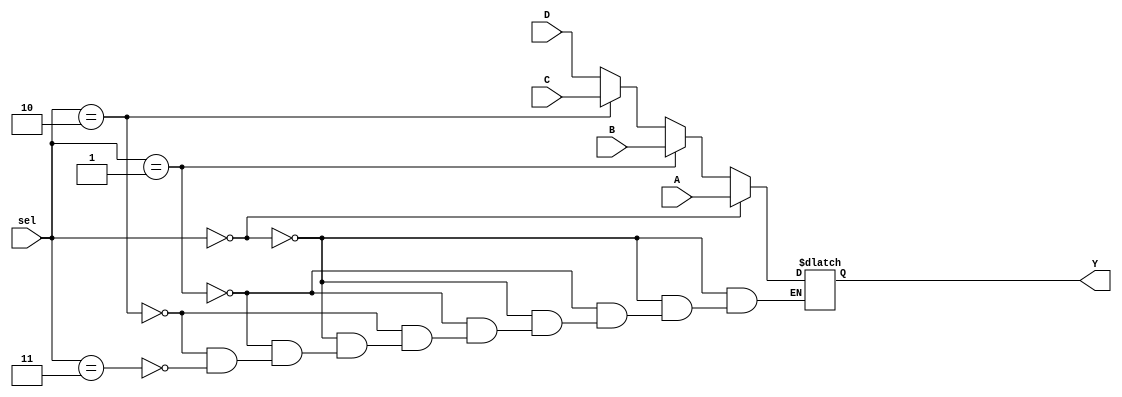
`timescale 1ns / 1ps
//////////////////////////////////////////////////////////////////////////////////
// Company: 
// Engineer: 
// 
// Design Name: 
// Module Name: multi4_1
// Project Name: 
// Target Devices: 
// Tool Versions: 
// Description: 
// 
// Dependencies: 
// 
// Revision:
// Revision 0.01 - File Created
// Additional Comments:
// 
//////////////////////////////////////////////////////////////////////////////////


module multi4_1(input [0:6] A,B,C,D,input [1:0] sel,output reg [0:6] Y);
always @(*)
if(sel==2'b00) Y=A;
else if (sel==2'b01) Y=B;
else if (sel==2'b10) Y=C;
else if (sel==2'b11) Y=D;
endmodule